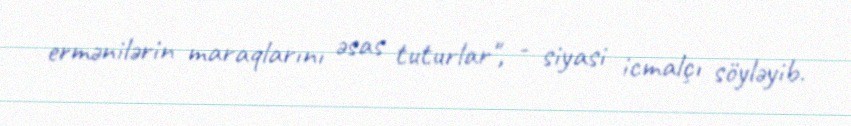
ermənilərin maraqlarını əsas tuturlar", - siyasi icmalçı söyləyib.